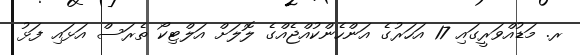
ރ. މަޑުއްވަރީގައި 17 އަހަރުގެ އަންހެންކުއްޖެއްގެ ލޮލަށް އަލްޓިކޯ ތެރަސް އަޅައި ފަޅު